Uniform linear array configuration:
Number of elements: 24
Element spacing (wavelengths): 1
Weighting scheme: binomial
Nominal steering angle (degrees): -60
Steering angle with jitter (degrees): -60.634
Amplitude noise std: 0.05
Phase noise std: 0.05

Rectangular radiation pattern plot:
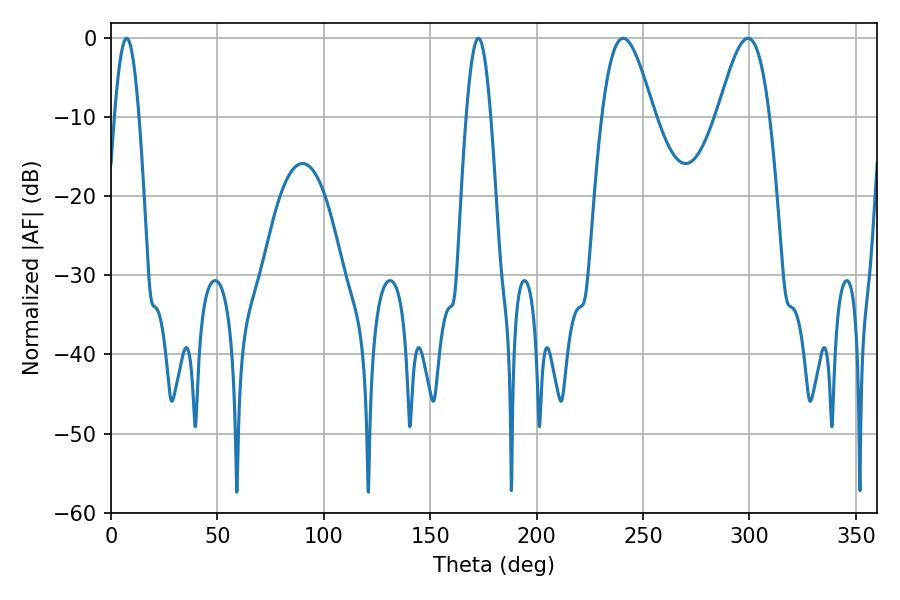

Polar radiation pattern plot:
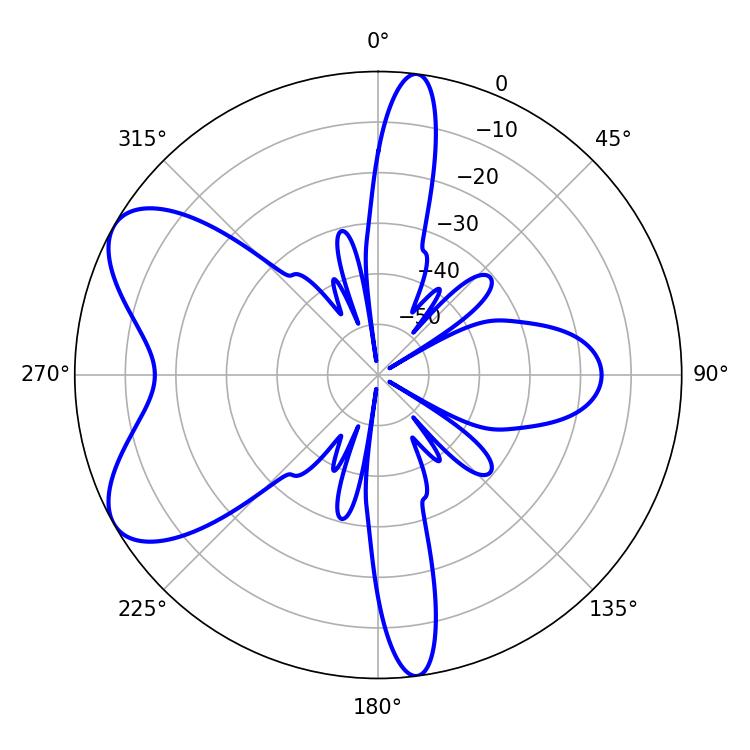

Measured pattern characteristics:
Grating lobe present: TRUE
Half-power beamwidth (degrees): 12.96
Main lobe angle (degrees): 240.66